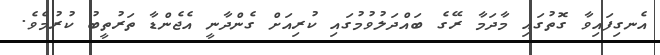
އެނގިފައިވާ ގޮތުގައި މާދަމާ ރޭގެ ބައްދަލުވުމުގައި ކުރިއަށް ގެންދާނީ އެޖެންޑާ ތަރުތީބު ކުރުމެވެ.